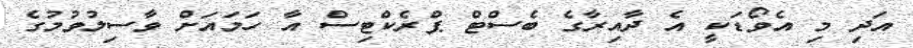
އަދި މި އެވޯޑަކީ އެ ދާއިރާގެ ބެސްޓް ޕްރެކްޓިސް އާ ހަމައަށް ވާސިލުވުމުގެ